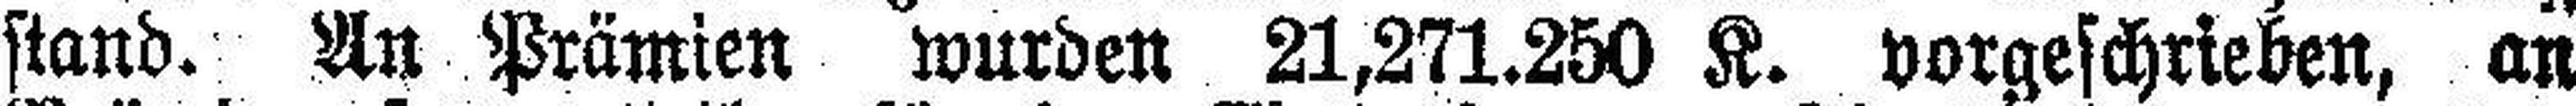
stand. An Prämien wurden 21,271.250 K. vorgeschrieben, an